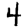
Digit: 4